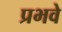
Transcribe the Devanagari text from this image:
प्रभवे